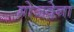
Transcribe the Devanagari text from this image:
मोजवेना